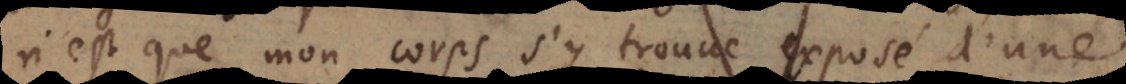
n’est que mon corps s’y trouve exposé d’une